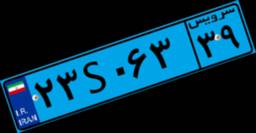
۹۰S۶۹۱۵۴